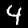
Digit: 4